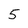
Character: 5